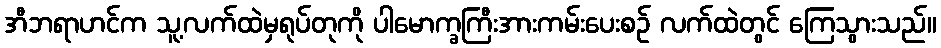
အီဘရာဟင်က သူ့လက်ထဲမှရုပ်တုကို ပါမောက္ခကြီးအားကမ်းပေးစဉ် လက်ထဲတွင် ကြေသွားသည်။